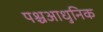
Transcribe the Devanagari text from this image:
पश्चआधुनिक